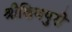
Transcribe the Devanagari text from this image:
श्रीशिवपुरी